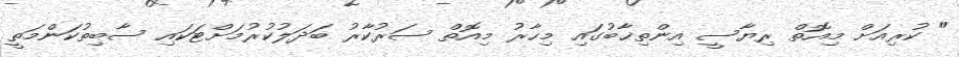
" ކުރިއަށް މިއޮތް ރިޔާސީ އިންތިޚާބުގައި މިހާރު މިއޮތް ސަރުކާރު ބަދަލުކުރުމަށްޓަކައި ސާބިތުކަންމަތީ